画像に写った文字を読んでください
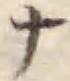
「ナ」と書いてあります